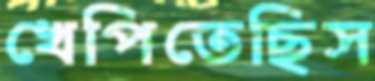
খেপিতেছিস